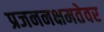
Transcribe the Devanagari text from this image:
प्रजननक्षमतेवर